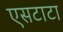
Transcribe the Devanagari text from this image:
एसटाटा